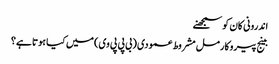
اندرونی کان کو سمجھنے
بینج پیروکارمل مشروط عمودی (بی پی پی وی) میں کیا ہوتا ہے؟